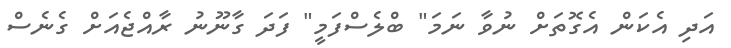
އަދި އެކަން އެގޮތަށް ނުވާ ނަމަ" ބްލެސްފަމީ" ފަދަ ގާނޫނު ރާއްޖެއަށް ގެނެސް